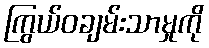
ကြွယ်ဝချမ်းသာမှုကို